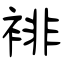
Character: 裶